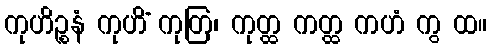
ကုဟိဉ္စနံ ကုဟိံ ကုတြ၊ ကုတ္ထ ကတ္ထ ကဟံ ကွ ထ။